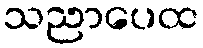
သညာပေထ